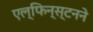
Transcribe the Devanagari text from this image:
एल्‌फिन्स्टनने